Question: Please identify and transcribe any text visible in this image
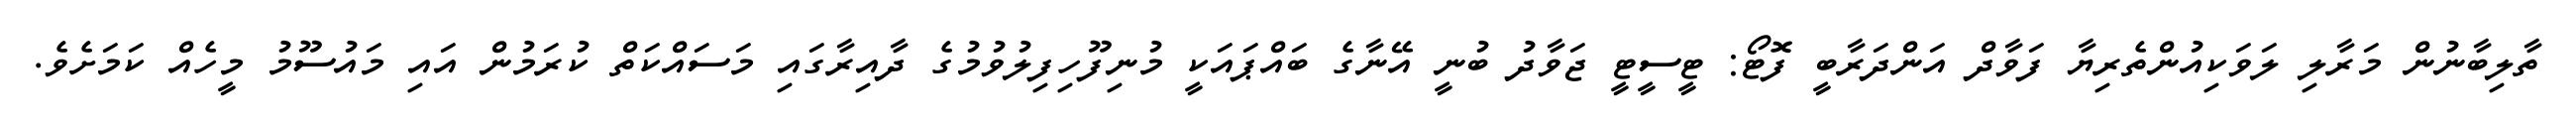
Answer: ތާލިބާނުން މަރާލި ލަވަކިއުންތެރިޔާ ފަވާދް އަންދަރާބީ ފޮޓޯ: ޓީސީޓީ ޖަވާދު ބުނީ އޭނާގެ ބައްޕައަކީ މުނިފޫހިފިލުވުމުގެ ދާއިރާގައި މަސައްކަތް ކުރަމުން އައި މައުސޫމު މީހެއް ކަމަށެވެ.